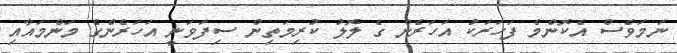
ނަމަވެސް އެކޮންމެ ފަހަރަކު އަހަރެން ގެ ލޮލު ކުރިމަތިން ސިފަވަނީ އަހަރެންގެ މަންމައާއި